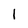
Character: 1